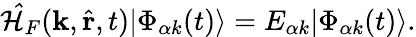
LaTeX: \begin{array}{r}{\mathcal{\hat{H}}_{F}(\mathbf{k},\hat{\mathbf{r}},t)|\Phi_{\alpha k}(t)\rangle=E_{\alpha k}|\Phi_{\alpha k}(t)\rangle.}\end{array}